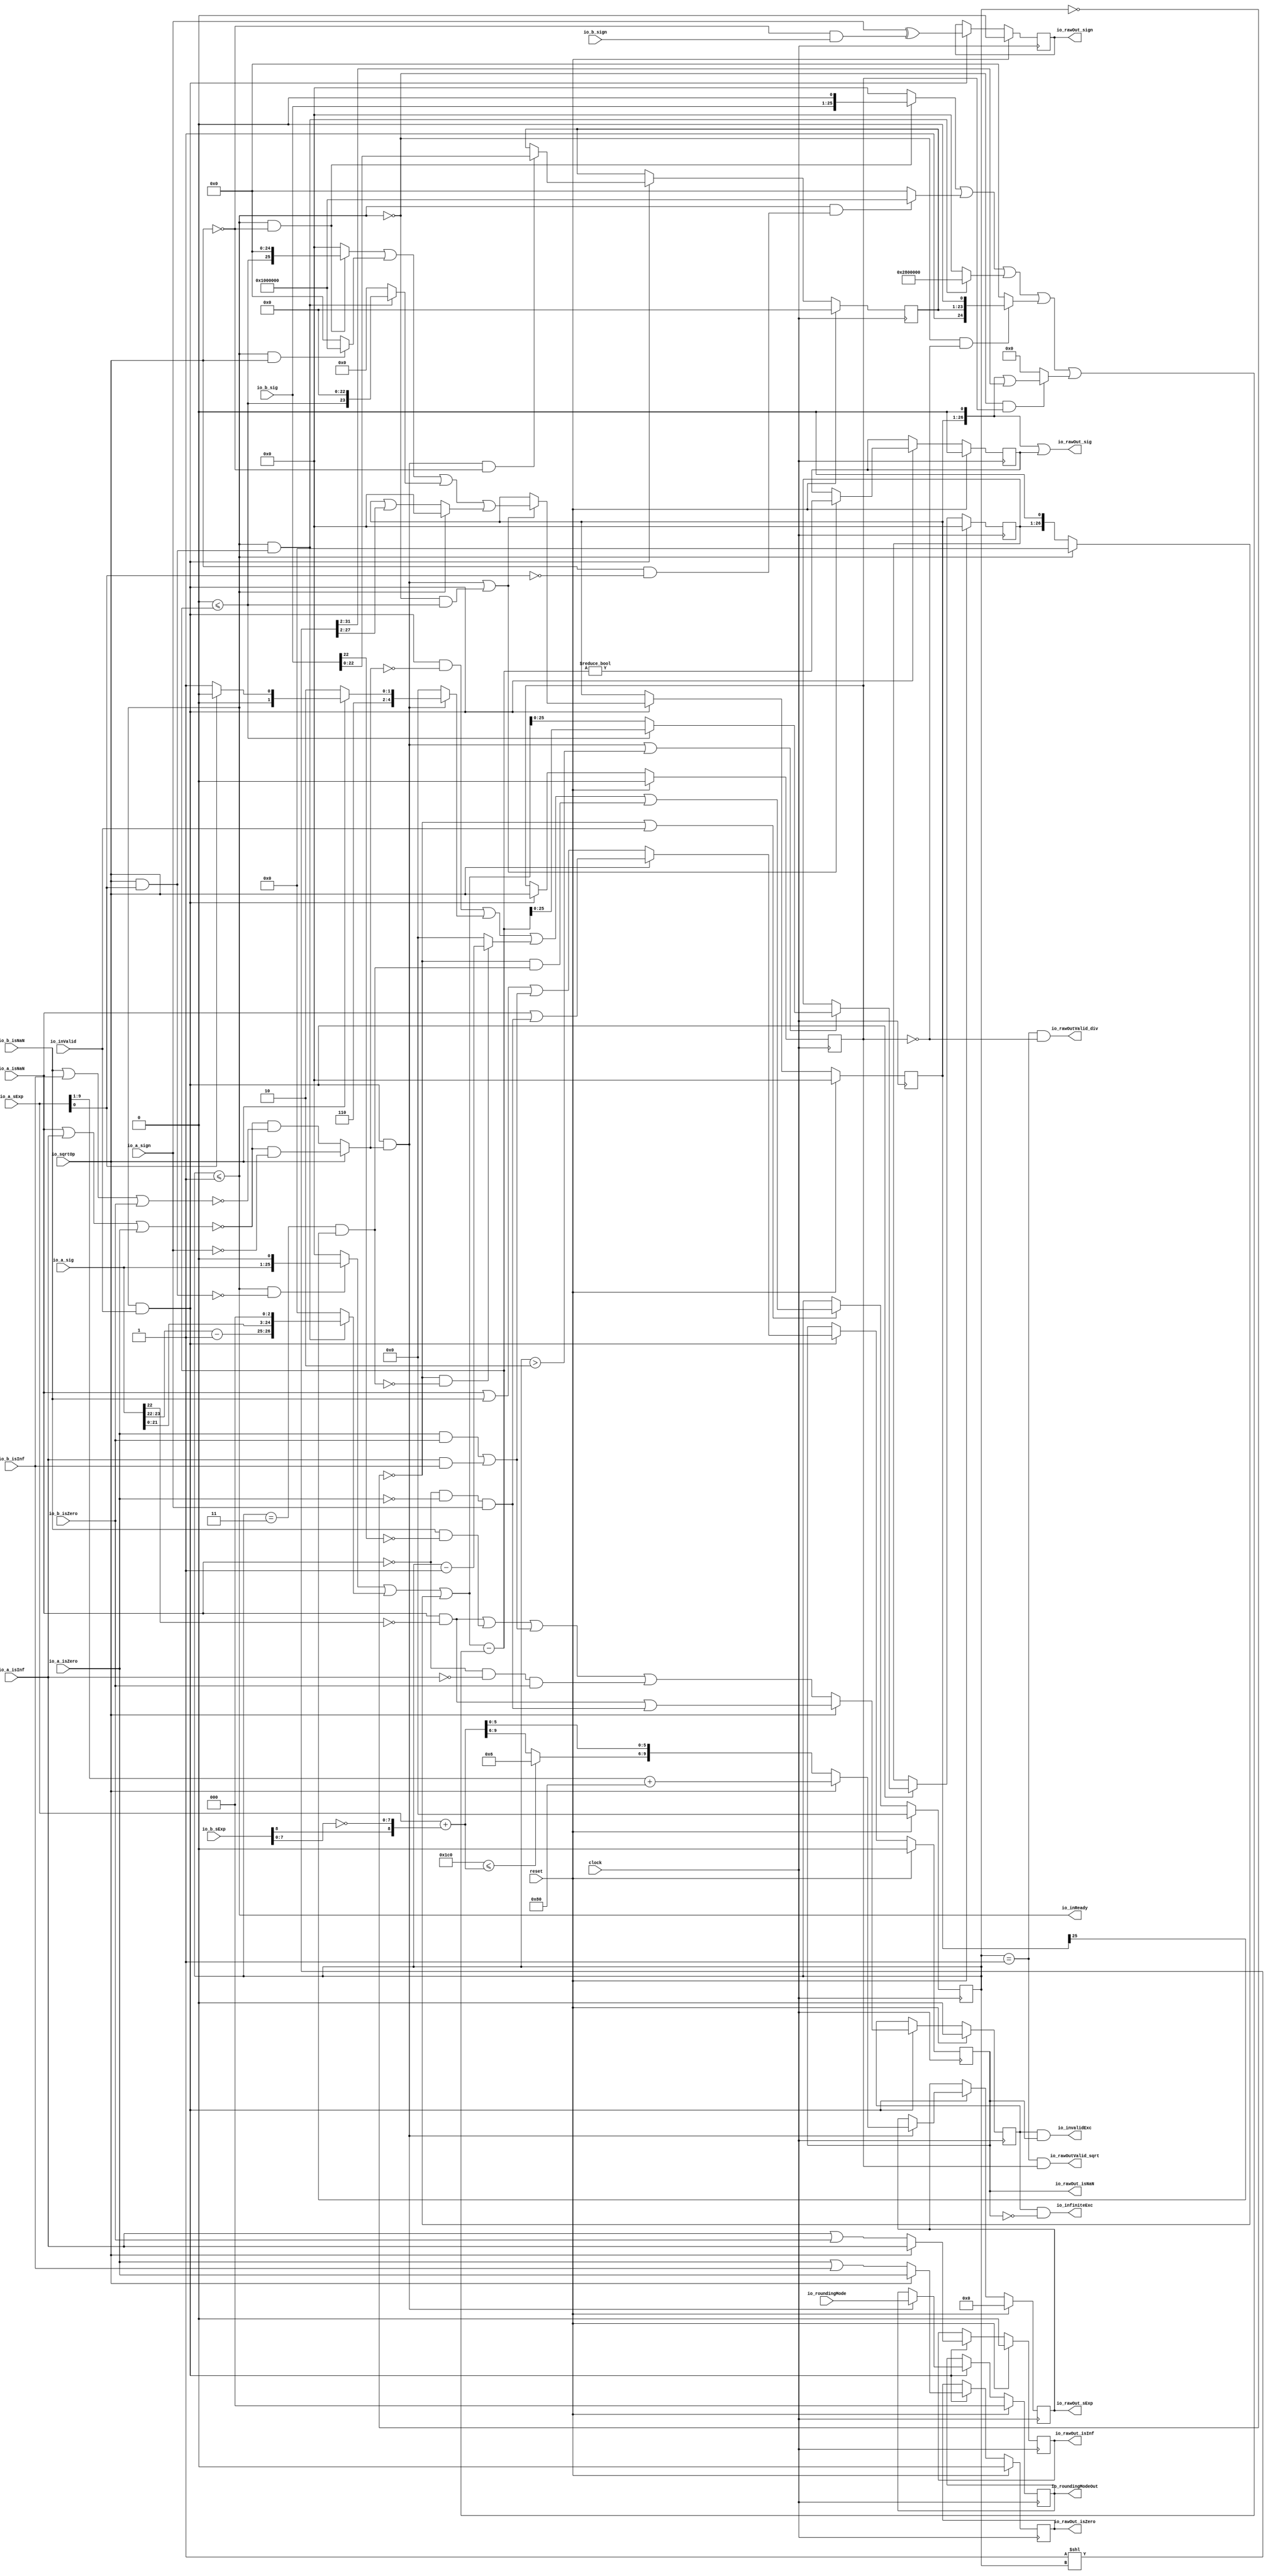
module DivSqrtRawFN_small(
  input         clock,
  input         reset,
  output        io_inReady,
  input         io_inValid,
  input         io_sqrtOp,
  input         io_a_isNaN,
  input         io_a_isInf,
  input         io_a_isZero,
  input         io_a_sign,
  input  [9:0]  io_a_sExp,
  input  [24:0] io_a_sig,
  input         io_b_isNaN,
  input         io_b_isInf,
  input         io_b_isZero,
  input         io_b_sign,
  input  [9:0]  io_b_sExp,
  input  [24:0] io_b_sig,
  input  [2:0]  io_roundingMode,
  output        io_rawOutValid_div,
  output        io_rawOutValid_sqrt,
  output [2:0]  io_roundingModeOut,
  output        io_invalidExc,
  output        io_infiniteExc,
  output        io_rawOut_isNaN,
  output        io_rawOut_isInf,
  output        io_rawOut_isZero,
  output        io_rawOut_sign,
  output [9:0]  io_rawOut_sExp,
  output [26:0] io_rawOut_sig
);
  reg [4:0] cycleNum;
  reg  sqrtOp_Z;
  reg  majorExc_Z;
  reg  isNaN_Z;
  reg  isInf_Z;
  reg  isZero_Z;
  reg  sign_Z;
  reg [9:0] sExp_Z;
  reg [22:0] fractB_Z;
  reg [2:0] roundingMode_Z;
  reg [25:0] rem_Z;
  reg  notZeroRem_Z;
  reg [25:0] sigX_Z;
  wire  notSigNaNIn_invalidExc_S_div;
  wire  notSigNaNIn_invalidExc_S_sqrt;
  wire  sign_S;
  wire  specialCaseA_S;
  wire  specialCaseB_S;
  wire  normalCase_S_div;
  wire  normalCase_S_sqrt;
  wire  normalCase_S;
  wire [10:0] sExpQuot_S_div;
  wire [9:0] sSatExpQuot_S_div;
  wire  evenSqrt_S;
  wire  oddSqrt_S;
  wire  idle;
  wire  inReady;
  wire  entering;
  wire  entering_normalCase;
  wire  skipCycle2;
  wire [26:0] rem;
  wire [29:0] bitMask;
  wire [29:0] trialTerm;
  wire [30:0] trialRem;
  wire  newBit;
  wire  rawOutValid;

`define MY_ASSIGNMENT
`ifdef MY_ASSIGNMENT
  assign notSigNaNIn_invalidExc_S_div = (io_a_isZero & io_b_isZero) | (io_a_isInf & io_b_isInf);
  assign notSigNaNIn_invalidExc_S_sqrt = !io_a_isNaN & !io_a_isZero & io_a_sign;
  assign sign_S = io_a_sign ^ (!io_sqrtOp & io_b_sign);
  assign specialCaseA_S = io_a_isNaN | io_a_isInf | io_a_isZero;
  assign specialCaseB_S = io_b_isNaN | io_b_isInf | io_b_isZero;
  assign normalCase_S_div = !specialCaseA_S & !specialCaseB_S;
  assign normalCase_S_sqrt = !specialCaseA_S & !io_a_sign;
  assign normalCase_S = io_sqrtOp ? normalCase_S_sqrt : normalCase_S_div;
  wire [8:0] _T_39 = $signed({io_b_sExp[8], ~ io_b_sExp[7:0]});
  assign sExpQuot_S_div = $signed(io_a_sExp) + $signed({{1{_T_39[8]}},_T_39});
  wire [3:0] _T_42 = ($signed(11'sh1c0) <= $signed(sExpQuot_S_div)) ? 4'h6 : sExpQuot_S_div[9:6];
  assign sSatExpQuot_S_div = $signed({_T_42, sExpQuot_S_div[5:0]});
  assign evenSqrt_S = io_sqrtOp & !io_a_sExp[0];
  assign oddSqrt_S = io_sqrtOp & io_a_sExp[0];
  assign idle = cycleNum == 5'h0;
  assign inReady = cycleNum <= 5'h1;
  assign entering = inReady & io_inValid;
  assign entering_normalCase = entering & normalCase_S;
  assign skipCycle2 = (cycleNum == 5'h3) & sigX_Z[25];
  wire [25:0] _T_80 = (inReady & !oddSqrt_S) ? {io_a_sig, 1'h0} : 26'h0;
  wire [1:0] _T_84 = io_a_sig[23:22] - 2'h1;
  wire [26:0] _T_88 = (inReady & oddSqrt_S) ? {_T_84, io_a_sig[21:0], 3'h0} : 27'h0;
  wire [26:0] _T_92 = !inReady ? {rem_Z, 1'h0} : 27'h0;
  assign rem = {{1'd0}, _T_80} | _T_88 | _T_92;
  wire [31:0] _T_93 = 32'h1 << cycleNum;
  assign bitMask = _T_93[31:2];
  wire [25:0] _T_97 = (inReady & !io_sqrtOp) ? {io_b_sig, 1'h0} : 26'h0;
  wire [24:0] _T_99 = (inReady & evenSqrt_S) ? 25'h1000000 : 25'h0;
  wire [25:0] _T_102 = (inReady & oddSqrt_S) ? 26'h2800000 : 26'h0;
  wire [24:0] _T_109 = (!inReady & !sqrtOp_Z) ? {1'h1, fractB_Z, 1'h0} : 25'h0;
  wire [25:0] _T_110 = _T_97 | {{1'd0}, _T_99} | _T_102 | {{1'd0}, _T_109};
  wire [29:0] _T_115 = (!inReady & sqrtOp_Z) ? ({{3'd0}, sigX_Z, 1'h0} | bitMask) : 30'h0;
  assign trialTerm = {{4'd0}, _T_110} | _T_115;
  wire [30:0] _T_119 = $signed({4'b0,$signed(rem)}) - $signed({1'b0,$signed(trialTerm)});
  assign trialRem = $signed(_T_119);
  assign newBit = $signed(31'sh0) <= $signed(trialRem);
  assign rawOutValid = cycleNum == 5'h1;
  assign io_inReady = cycleNum <= 5'h1;
  assign io_rawOutValid_div = rawOutValid & !sqrtOp_Z;
  assign io_rawOutValid_sqrt = rawOutValid & sqrtOp_Z;
  assign io_roundingModeOut = roundingMode_Z;
  assign io_invalidExc = majorExc_Z & isNaN_Z;
  assign io_infiniteExc = majorExc_Z & !isNaN_Z;
  assign io_rawOut_isNaN = isNaN_Z;
  assign io_rawOut_isInf = isInf_Z;
  assign io_rawOut_isZero = isZero_Z;
  assign io_rawOut_sign = sign_Z;
  assign io_rawOut_sExp = sExp_Z;
  assign io_rawOut_sig = {sigX_Z, 1'h0} | {{26'd0}, notZeroRem_Z};


  wire [4:0] _T_56 = io_a_sExp[0] ? 5'h18 : 5'h19;
  wire [4:0] _T_57 = io_sqrtOp ? _T_56 : 5'h1a;
  wire [4:0] _T_58 = entering_normalCase ? _T_57 : 5'h0;
  wire [4:0] _T_65 = (!idle & !skipCycle2) ? (cycleNum - 5'h1) : 5'h0;
  wire [30:0] _T_123 = newBit ? $unsigned(trialRem) : {{4'd0}, rem};
  wire [30:0] _GEN_10 = (entering_normalCase | (cycleNum > 5'h2)) ? _T_123 : {{5'd0}, rem_Z};
  wire [25:0] _T_131 = (inReady & !io_sqrtOp) ? {newBit, 25'h0} : 26'h0;
  wire [24:0] _T_133 = (inReady & io_sqrtOp) ? 25'h1000000 : 25'h0;
  wire [23:0] _T_137 = (inReady & oddSqrt_S) ? {newBit, 23'h0} : 24'h0;
  wire [25:0] _T_138 = _T_131 
		| {{1'd0}, _T_133} 
		| {{2'd0}, _T_137};
  wire [29:0] _T_141 = !inReady ? ({{4'd0}, sigX_Z} | bitMask) : 30'h0;
  wire [29:0] _GEN_12 = (entering_normalCase | (!inReady & newBit)) ? ({{4'd0}, _T_138} | _T_141) : {{4'd0}, sigX_Z};

always @(posedge clock) begin
	if (reset) begin
		cycleNum <= 5'h0;
		sqrtOp_Z <= 1'h0;
		majorExc_Z <= 1'h0;
        	isNaN_Z <= 1'h0;
        	isInf_Z <= 1'h0;
        	isZero_Z <= 1'h0;
		sign_Z <= 1'h0;
		sExp_Z <= 10'h000;
		roundingMode_Z <= 3'h0;
		fractB_Z <= 23'h00;
		rem_Z <= 26'h00;
		notZeroRem_Z <= 1'h0;
		sigX_Z <= 26'h00;
	end 
	else begin
	 	if (!idle | io_inValid) begin
	 		cycleNum <= {{4'd0}, (entering & !normalCase_S)} | _T_58 | _T_65 | {{4'd0}, (!idle & skipCycle2)};
	 	end
		if (entering) begin
			sqrtOp_Z <= io_sqrtOp;
			if (io_sqrtOp) begin
				majorExc_Z <= (io_a_isNaN & !io_a_sig[22]) | notSigNaNIn_invalidExc_S_sqrt;
        			isNaN_Z <= io_a_isNaN | notSigNaNIn_invalidExc_S_sqrt;
        			isInf_Z <= io_a_isInf;
        			isZero_Z <= io_a_isZero;
			end
			else begin
				majorExc_Z <= ((io_a_isNaN & !io_a_sig[22]) | (io_b_isNaN & !io_b_sig[22]) | notSigNaNIn_invalidExc_S_div) | (!io_a_isNaN & !io_a_isInf & io_b_isZero);
        			isNaN_Z <= io_a_isNaN | io_b_isNaN | notSigNaNIn_invalidExc_S_div;
        			isInf_Z <= io_a_isInf | io_b_isZero;
        			isZero_Z <= io_a_isZero | io_b_isInf;
			end
			sign_Z <= sign_S;
			if (entering_normalCase) begin
				if (io_sqrtOp) begin
					sExp_Z <= $signed(io_a_sExp[9:1]) + $signed(9'sh80);
				end
				else begin
					sExp_Z <= sSatExpQuot_S_div;
				end
				roundingMode_Z <= io_roundingMode;
			end
			if (entering_normalCase & !io_sqrtOp) begin
				fractB_Z <= io_b_sig[22:0];
			end
			rem_Z <= _GEN_10[25:0];
			if (entering_normalCase | (!inReady & newBit)) begin
				notZeroRem_Z <= $signed(trialRem) != $signed(31'sh0);
			end
			sigX_Z <= _GEN_12[25:0];
		end
	end
end
`endif // MY_ASSIGNMENT

endmodule